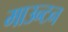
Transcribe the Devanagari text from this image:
माउन्टन